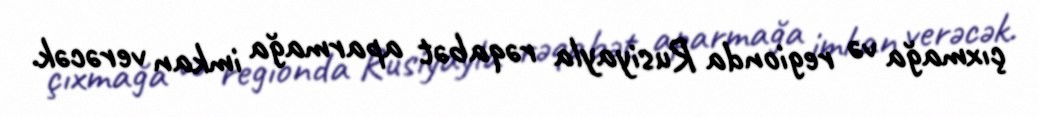
çıxmağa və regionda Rusiyayla rəqabət aparmağa imkan verəcək.